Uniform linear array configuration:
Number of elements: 8
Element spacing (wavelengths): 0.25
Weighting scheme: kaiser
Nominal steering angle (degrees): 0
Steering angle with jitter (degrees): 0.5884
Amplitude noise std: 0.05
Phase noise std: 0.05

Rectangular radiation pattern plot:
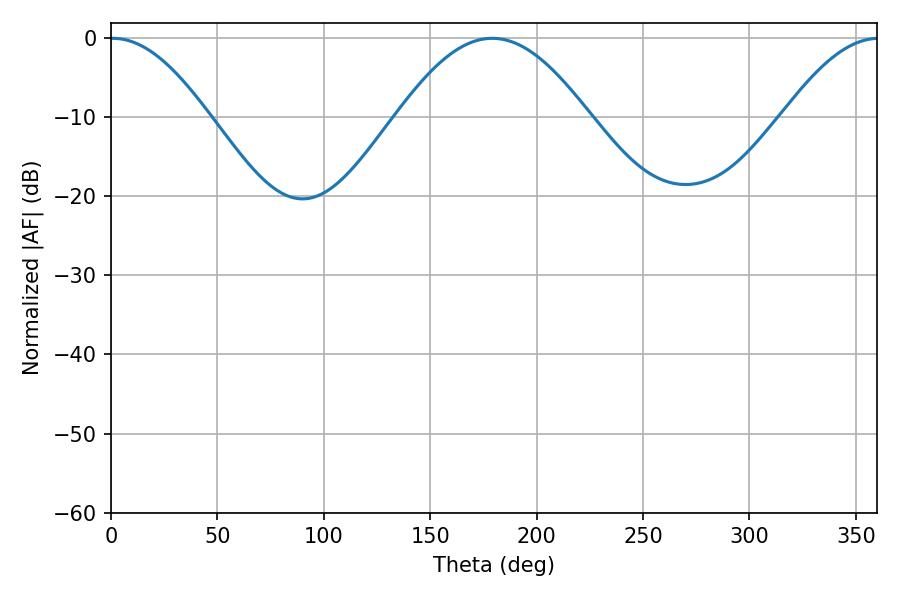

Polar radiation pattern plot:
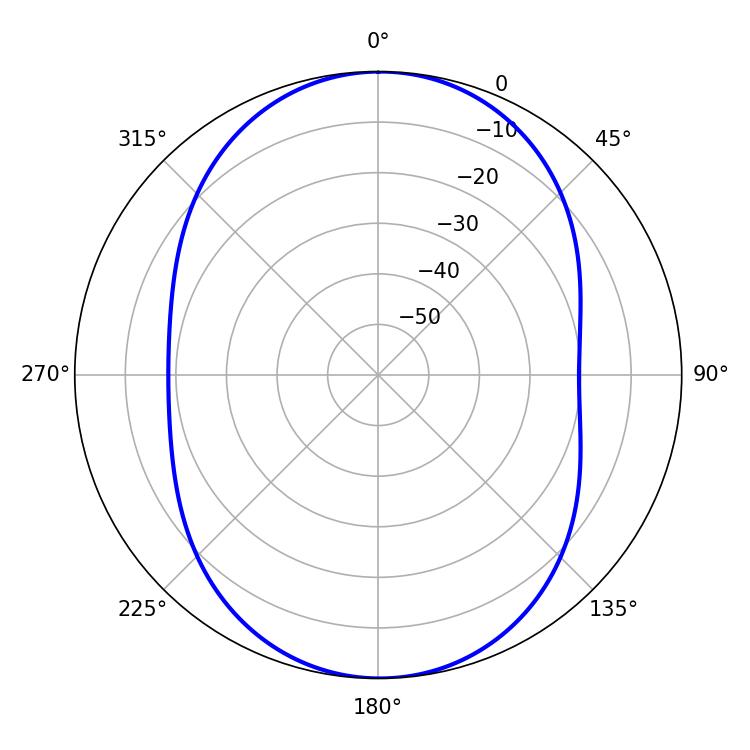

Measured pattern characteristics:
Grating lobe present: FALSE
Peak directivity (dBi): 21.623
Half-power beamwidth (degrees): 25.02
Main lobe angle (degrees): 0.9